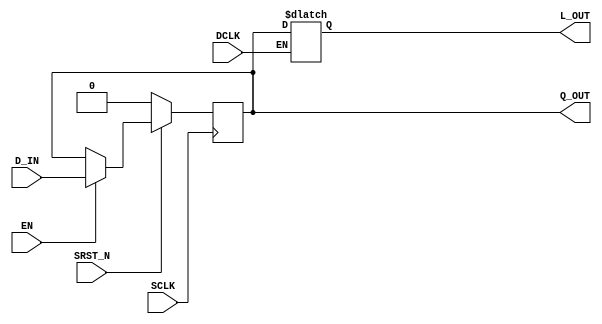

// Copyright (c) 2000-2010 Bluespec, Inc.

// Permission is hereby granted, free of charge, to any person obtaining a copy
// of this software and associated documentation files (the "Software"), to deal
// in the Software without restriction, including without limitation the rights
// to use, copy, modify, merge, publish, distribute, sublicense, and/or sell
// copies of the Software, and to permit persons to whom the Software is
// furnished to do so, subject to the following conditions:

// The above copyright notice and this permission notice shall be included in
// all copies or substantial portions of the Software.

// THE SOFTWARE IS PROVIDED "AS IS", WITHOUT WARRANTY OF ANY KIND, EXPRESS OR
// IMPLIED, INCLUDING BUT NOT LIMITED TO THE WARRANTIES OF MERCHANTABILITY,
// FITNESS FOR A PARTICULAR PURPOSE AND NONINFRINGEMENT. IN NO EVENT SHALL THE
// AUTHORS OR COPYRIGHT HOLDERS BE LIABLE FOR ANY CLAIM, DAMAGES OR OTHER
// LIABILITY, WHETHER IN AN ACTION OF CONTRACT, TORT OR OTHERWISE, ARISING FROM,
// OUT OF OR IN CONNECTION WITH THE SOFTWARE OR THE USE OR OTHER DEALINGS IN
// THE SOFTWARE.
//
// $Revision: 24080 $
// $Date: 2011-05-18 19:32:52 +0000 (Wed, 18 May 2011) $

`ifdef BSV_ASSIGNMENT_DELAY
`else
`define BSV_ASSIGNMENT_DELAY
`endif

module LatchCrossingReg(SCLK, SRST_N, EN, D_IN, Q_OUT, DCLK, L_OUT);

   parameter width = 1;
   parameter init  = { width {1'b0} } ;

   input                  SCLK;
   input                  SRST_N;
   input                  EN;
   input  [width - 1 : 0] D_IN;
   output [width - 1 : 0] Q_OUT;

   input                  DCLK;
   output [width - 1 : 0] L_OUT;

   reg [width - 1 : 0]    Q_OUT; // flop
   reg [width - 1 : 0]    L_OUT; // latch

   // flop in source clock domain
   always@(posedge SCLK)
     begin
	if (SRST_N == 0)
          Q_OUT <= `BSV_ASSIGNMENT_DELAY init;
        else
          begin
             if (EN)
               Q_OUT <= `BSV_ASSIGNMENT_DELAY D_IN;
          end // else: !if(SRST_N == 0)
     end

   // latch in destination clock domain
   always@(DCLK or Q_OUT)
     begin
        if (DCLK)
          L_OUT <= `BSV_ASSIGNMENT_DELAY Q_OUT;
     end

`ifdef BSV_NO_INITIAL_BLOCKS
`else // not BSV_NO_INITIAL_BLOCKS
   // synopsys translate_off
   initial begin
      Q_OUT = {((width + 1)/2){2'b10}} ;
   end
   // synopsys translate_on
`endif // BSV_NO_INITIAL_BLOCKS

endmodule